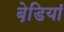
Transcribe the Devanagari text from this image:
बेडि़यां